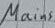
Text: Mains